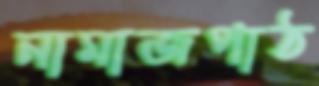
নামাজপাঠ